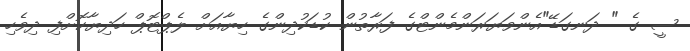
ސީ ގެ " ދަނގަޑޭ"އެންވަޔަރަންމެންޓްގެ ފަރާތުން ކުޑަކުދިންގެ ހިޔާއަށް ލެޕްޓޮޕް ހަދިޔާކޮށްފި ދިވެހި